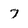
Character: 7